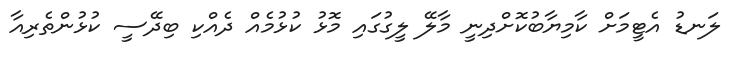
ލަނޑު އެޓީމަށް ކާމިޔާބުކޮށްދިނީ މާލޭ ލީގުގައި މޮޅު ކުޅުމެއް ދެއްކި ބިދޭސީ ކުޅުންތެރިއާ